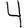
Digit: 4